Report of the Indian Hemp Drugs Commission, 1894-1895 - Volume VII
Year: 1894
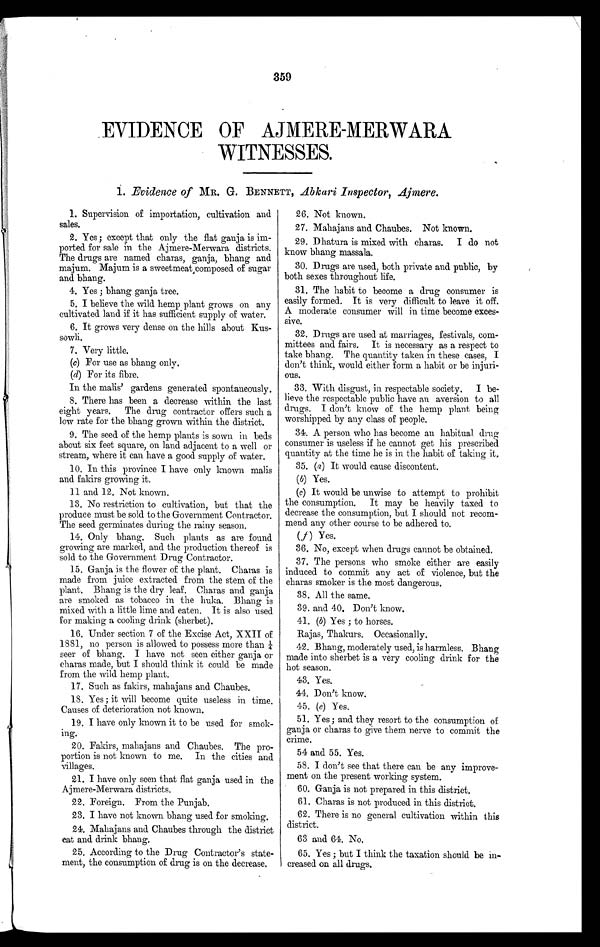
359
EVIDENCE OF AJMERE-MERWARA
WITNESSES.
1. Evidence of MR. G. BENNETT, Abkari Inspector, Ajmere.
1. Supervision of importation, cultivation and
sales.
2. Yes; except that only the flat ganja is im-
ported for sale in the Ajmere-Merwara districts.
The drugs are named charas, ganja, bhang and
majum. Majum is a sweetmeat composed of sugar
and bhang.
4. Yes ; bhang ganja tree.
5. I believe the wild hemp plant grows on any
cultivated land if it has sufficient supply of water.
6. It grows very dense on the hills about Kus-
sowli.
7. Very little.
(c) For use as bhang only.
(d) For its fibre.
In the malis' gardens generated spontaneously.
8. There has been a decrease within the last
eight years. The drug contractor offers such a
low rate for the bhang grown within the district.
9. The seed of the hemp plants is sown in beds
about six feet square, on land adjacent to a well or
stream, where it can have a good supply of water.
10. In this province I have only known malis
and fakirs growing it.
11 and 12. Not known.
13. No restriction to cultivation, but that the
produce must be sold to the Government Contractor.
The seed germinates during the rainy season.
14. Only bhang. Such plants as are found
growing are marked, and the production thereof is
sold to the Government Drug Contractor.
15. Ganja is the flower of the plant. Charas is
made from juice extracted from the stem of the
plant. Bhang is the dry leaf. Charas and ganja
are smoked as tobacco in the huka. Bhang is
mixed with a little lime and eaten. It is also used
for making a cooling drink (sherbet).
16, Under section 7 of the Excise Act, XXII of
1881, no person is allowed to possess more than
¼ seer of bhang. I have not seen either ganja or
charas made, but I should think it could be made
from the wild hemp plant.
17. Such as fakirs, mahajans and Chaubes.
18. Yes; it will become quite useless in time.
Causes of deterioration not known.
19. I have only known it to be used for smok-
ing.
20. Fakirs, mahajans and Chaubes. The pro-
portion is not known to me. In the cities and
villages.
21. I have only seen that flat ganja used in the
Ajmere-Merwara districts.
22. Foreign. From the Punjab.
23. I have not known bhang used for smoking.
24. Mahajans and Chaubes through the district
eat and drink bhang.
25. According to the Drug Contractor’s state-
ment, the consumption of drug is on the decrease.
1. 26. Not known
.
2.
27. Mahajans and Chaubes. Not known.
29. Dhatura is mixed with charas. I do not
know bhang massala.
30. Drugs are used, both private and public, by
both sexes throughout life.
31. The habit to become a drug consumer is
easily formed. It is very difficult to leave it off.
A moderate consumer will in time become exces-
sive.
32. Drugs are used at marriages, festivals, com-
mittees and fairs. It is necessary as a respect to
take bhang. The quantity taken in these cases, I
don't think, would either form a habit or be injuri-
ous.
33. With disgust, in respectable society. I be-
lieve the respectable public have an aversion to all
drugs. I don't know of the hemp plant being
worshipped. by any class of people.
34. A person who has become an habitual. drug
consumer is useless if he cannot get his prescribed
quantity at the time he is in the habit of taking it.
35. (a) It would cause discontent.
(b) es.
(c) It would be unwise to attempt to prohibit
the consumption. It may be heavily taxed to
decrease the consumption, but I should not recom-
mend any other course to be adhered to.
(f ) Yes.
36. No, except when drugs cannot be obtained.
37. The persons who smoke either are easily
induced to commit any act of violence, but the
charas smoker is the most dangerous.
38. All the same.
39. and 40. Don’t know.
41. (b) Yes ; to horses.
Rajas, Thakurs. Occasionally.
42. Bha ng, mode r a t e l y us e d, i s ha r ml e s s . Bha ng
made into sherbet is a very cooling drink for the
hot season .
43. Yes.
44. Don't know.
4 5 .
( e )
Y e s .
51. Yes ; and. they resort to the consumption of
ganja or charas to give them nerve to commit the
crime.
54 and 55. Yes.
58. I don’t see that there can be any improve-
ment on the present working system.
60. Ganja is not prepared in this district.
61. Charas is not produced in this district.
62. There is no general cultivation within this
district.
63 and 64. No.
65. Yes ; but I think the taxation should be in-
creased on all drugs.